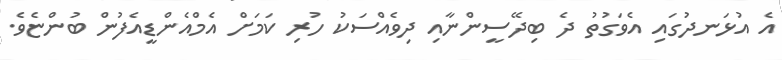
އެ އުޅަނދުގައި އެވަގުތު ދެ ބިދޭސީންނާއި ދިވެއްސަކު ހުރި ކަމަށް އެމްއެންޑީއެފުން ބުންޏެވެ.